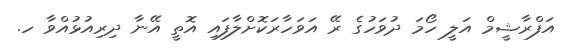
އަފްރާޝީމް އަލީ ހޯމަ ދުވަހުގެ ރޭ އަވަހާރަކޮށްލާފައި އޮތީ އޭނާ ދިރިއުޅުއްވާ ހ.